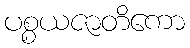
ပစ္စယဇာတိကော